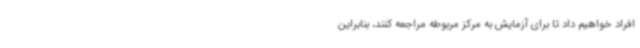
افراد خواهیم داد تا برای آزمایش به مرکز مربوطه مراجعه کنند، بنابراین